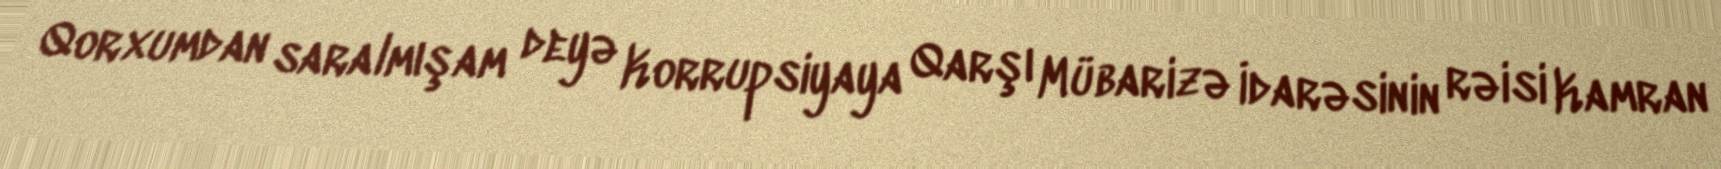
Qorxumdan saralmışam deyə Korrupsiyaya Qarşı Mübarizə İdarəsinin rəisi Kamran